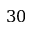
3 0